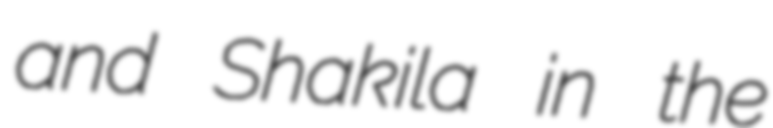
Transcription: and Shakila in the